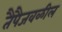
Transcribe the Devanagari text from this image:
तैपैजवळील